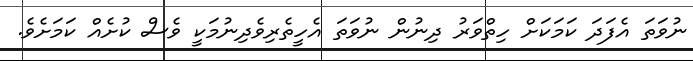
ނުވަތަ އެފަދަ ކަމަކަށް ހިތްވަރު ދިނުން ނުވަތަ އެހީތެރިވެދިނުމަކީ ވެސް ކުށެއް ކަމަށެވެ.